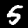
Label: 5